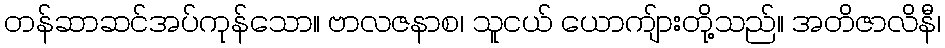
တန်ဆာဆင်အပ်ကုန်သော။ ဗာလဇနာစ၊ သူငယ် ယောကျ်ားတို့သည်။ အတိဇာလိနီ၊